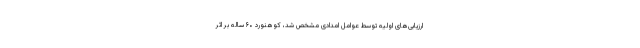
ارزیابی‌های اولیه توسط عوامل امدادی مشخص شد، کوهنورد ۶۰ ساله بر اثر